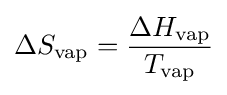
\Delta S_{\text{vap}}={\frac {\Delta H_{\text{vap}}}{T_{\text{vap}}}}